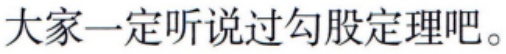
大家一定听说过勾股定理吧。